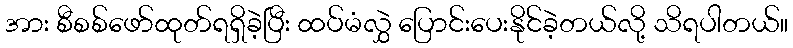
အား စီစစ်ဖော်ထုတ်ရရှိခဲ့ပြီး ထပ်မံလွှဲ ပြောင်းပေးနိုင်ခဲ့တယ်လို့ သိရပါတယ်။